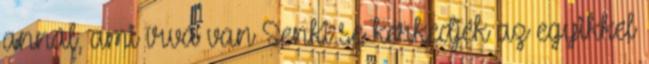
annál, ami írva van Senki se kérkedjék az egyikkel